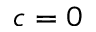
c = 0